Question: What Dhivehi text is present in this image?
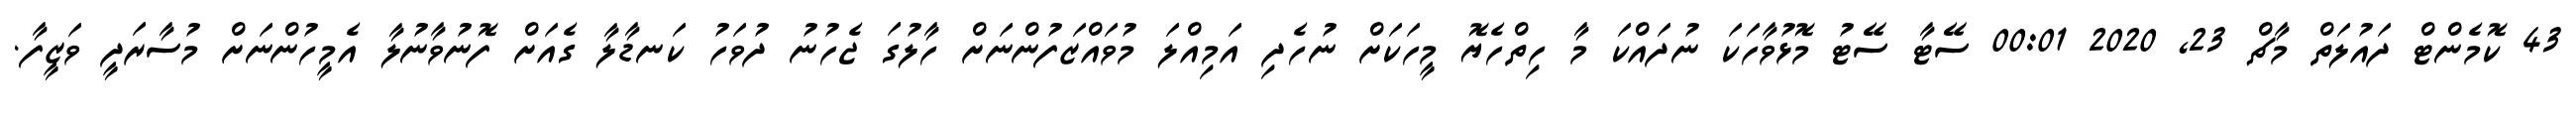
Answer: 43 ކޮމެންޓް ދައުލަތް މާޗް 23, 2020 00:01 ސޭޓާ ސޭޓު މޮޅުވާހަކަ ނުދައްކަ މާ ހިތްހެޔޮ މީހަކަށް ނުހެދި އަމިއްލަ މުވައްޒަފުންނަށް ހާލުގަ ޖެހުނު ދުވަހު ކަނޑާލާ ގެއަށް ފޮނުވާނުލާ އެމީހުންނަށް މުސާރަދީ ވަޒީފާ.